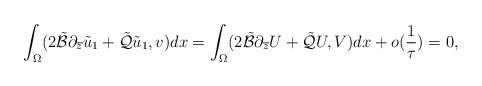
LaTeX: \begin{align*} \int_{\Omega}(2\tilde{\mathcal B}\partial_{\overline z}\tilde u_1 +\tilde{\mathcal Q}\tilde u_1,v) dx=\int_{\Omega}(2\tilde{\mathcal B}\partial_{\overline z} U +\tilde{\mathcal Q} U,V) dx+o(\frac{1}{\tau})=0,\end{align*}